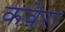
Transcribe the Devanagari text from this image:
कवेरा